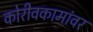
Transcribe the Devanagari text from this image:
कोरीवकामांवर